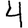
Digit: 4